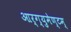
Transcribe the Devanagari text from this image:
आर्ग्युमेण्टम्